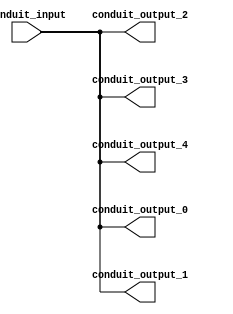
// (C) 2001-2014 Altera Corporation. All rights reserved.
// Your use of Altera Corporation's design tools, logic functions and other 
// software and tools, and its AMPP partner logic functions, and any output 
// files any of the foregoing (including device programming or simulation 
// files), and any associated documentation or information are expressly subject 
// to the terms and conditions of the Altera Program License Subscription 
// Agreement, Altera MegaCore Function License Agreement, or other applicable 
// license agreement, including, without limitation, that your use is for the 
// sole purpose of programming logic devices manufactured by Altera and sold by 
// Altera or its authorized distributors.  Please refer to the applicable 
// agreement for further details.


`timescale 1 ns / 1 ns

(* altera_attribute = "-name IP_TOOL_NAME conduit_splitter; -name IP_TOOL_VERSION 13.0" *)

module conduit_splitter
#(
    parameter OUTPUT_NUM = 2
)
(
    input conduit_input,
    output conduit_output_0,
    output conduit_output_1,
    output conduit_output_2,
    output conduit_output_3,
    output conduit_output_4
);

generate 
    assign conduit_output_0 = conduit_input;
    assign conduit_output_1 = conduit_input;
    assign conduit_output_2 = conduit_input;
    assign conduit_output_3 = conduit_input;
    assign conduit_output_4 = conduit_input;
endgenerate
endmodule